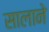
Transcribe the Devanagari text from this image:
सालाने